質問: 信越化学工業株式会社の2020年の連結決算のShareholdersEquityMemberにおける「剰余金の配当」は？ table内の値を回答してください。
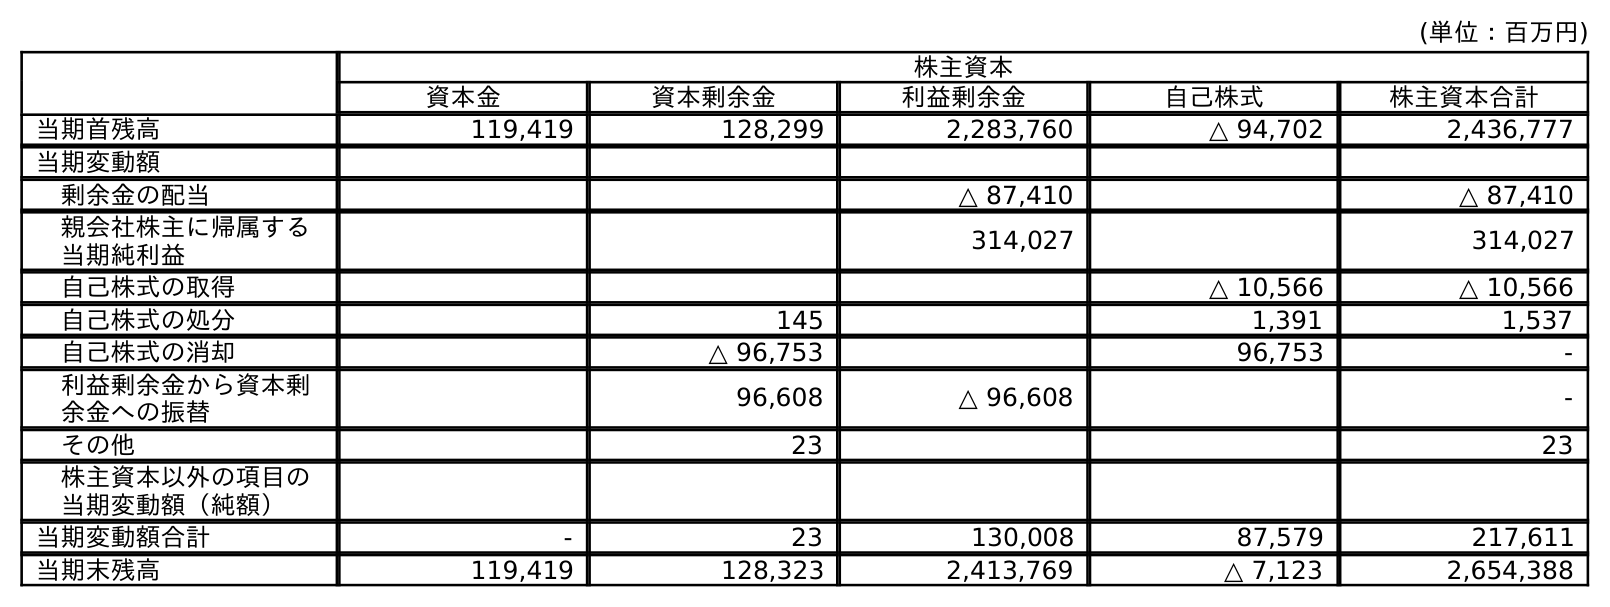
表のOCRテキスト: (単位：百万円) 株主資本 資本金 資本剰余金 利益剰余金 自己株式 株主資本合計 当期首残高 119,419 128,299 2,283,760 △ 94,702 2,436,777 当期変動額 剰余金の配当 △ 87,410 △ 87,410 親会社株主に帰属する 当期純利益 314,027 314,027 自己株式の取得 △ 10,566 △ 10,566 自己株式の処分 145 1,391 1,537 自己株式の消却 △ 96,753 96,753 - 利益剰余金から資本剰 余金への振替 96,608 △ 96,608 - その他 23 23 株主資本以外の項目の 当期変動額（純額） 当期変動額合計 - 23 130,008 87,579 217,611 当期末残高 119,419 128,323 2,413,769 △ 7,123 2,654,388
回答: △87,410